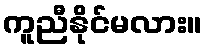
ကူညီနိုင်မလား။